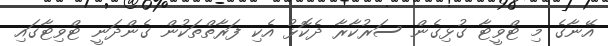
އޭނާގެ މި ޓްވީޓާ ގުޅިގެން ސަރުކާރާ ދެކޮޅު އެކި ފަރާތްތަކުން ގެންދަނީ ޓްވިޓާގައި